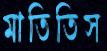
মাতিতিস